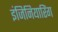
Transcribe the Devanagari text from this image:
इंजिनियारिंग